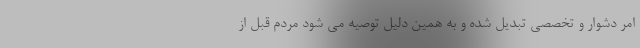
امر دشوار و تخصصی تبدیل شده و به همین دلیل توصیه می شود مردم قبل از